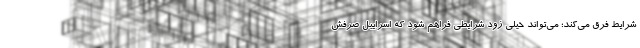
شرایط فرق می‌کند؛‌ می‌تواند خیلی زود شرایطی فراهم شود که اسراییل صرفش